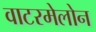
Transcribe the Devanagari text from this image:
वाटरमेलोन